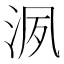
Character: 洬